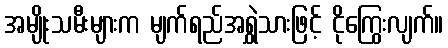
အမျိုးသမီးများက မျက်ရည်အရွှဲသားဖြင့် ငိုကြွေးလျက်။